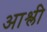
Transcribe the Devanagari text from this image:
आश्ली